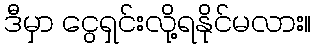
ဒီမှာ ငွေရှင်းလို့ရနိုင်မလား။